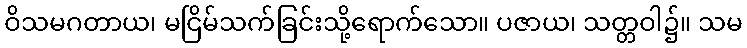
ဝိသမဂတာယ၊ မငြိမ်သက်ခြင်းသို့ရောက်သော။ ပဇာယ၊ သတ္တဝါ၌။ သမ